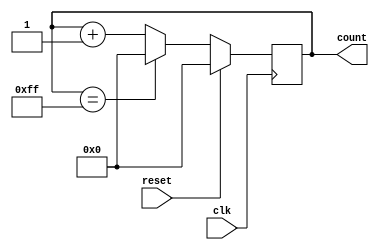
module counter8(
    input  wire clk,
    input  wire  reset,
    output reg [7:0]count  
);
always @(posedge clk) 
    if (reset)  count<=0;
    else if (count==8'b1111_1111) begin
        count<=0;
    end
    else count<=count + 1;
endmodule